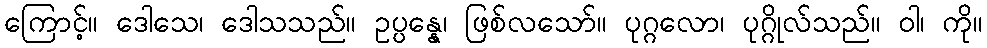
ကြောင့်။ ဒေါသေ၊ ဒေါသသည်။ ဥပ္ပန္နေ၊ ဖြစ်လသော်။ ပုဂ္ဂလော၊ ပုဂ္ဂိုလ်သည်။ ဝါ၊ ကို။